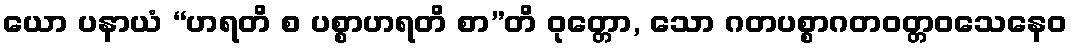
ယော ပနာယံ “ဟရတိ စ ပစ္စာဟရတိ စာ”တိ ဝုတ္တော, သော ဂတပစ္စာဂတဝတ္တဝသေနေဝ